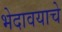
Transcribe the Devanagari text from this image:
भेदावयाचे